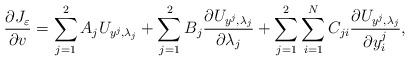
\begin{align*}\frac{\partial J_\varepsilon}{\partial v} = \sum_{j = 1}^2A_j U_{y^j, \lambda_j} + \sum_{j = 1}^2B_j \frac{\partial U_{y^j, \lambda_j}}{\partial \lambda_j} + \sum_{j = 1}^2\sum_{i = 1}^NC_{ji}\frac{\partial U_{y^j, \lambda_j}}{\partial y^j_i},\end{align*}